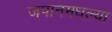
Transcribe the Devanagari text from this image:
जपानमधल्या